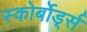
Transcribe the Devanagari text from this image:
स्कोर्बोर्ड्स